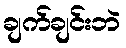
ချက်ချင်းဘဲ